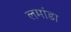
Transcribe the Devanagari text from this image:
लमांडा